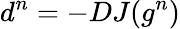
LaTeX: d^{n}=-DJ(g^{n})